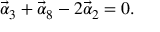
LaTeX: \vec { \alpha } _ { 3 } + \vec { \alpha } _ { 8 } - 2 \vec { \alpha } _ { 2 } = 0 .